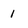
Character: 1